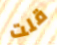
قلت